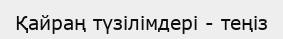
Қайраң түзілімдері - теңіз